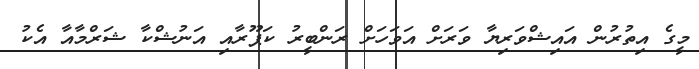
މީގެ އިތުރުން އައިޝްވަރިޔާ ވަރަށް އަވަހަށް ރަންބީރު ކަޕޫރާއި އަނުޝްކާ ޝަރްމާއާ އެކު